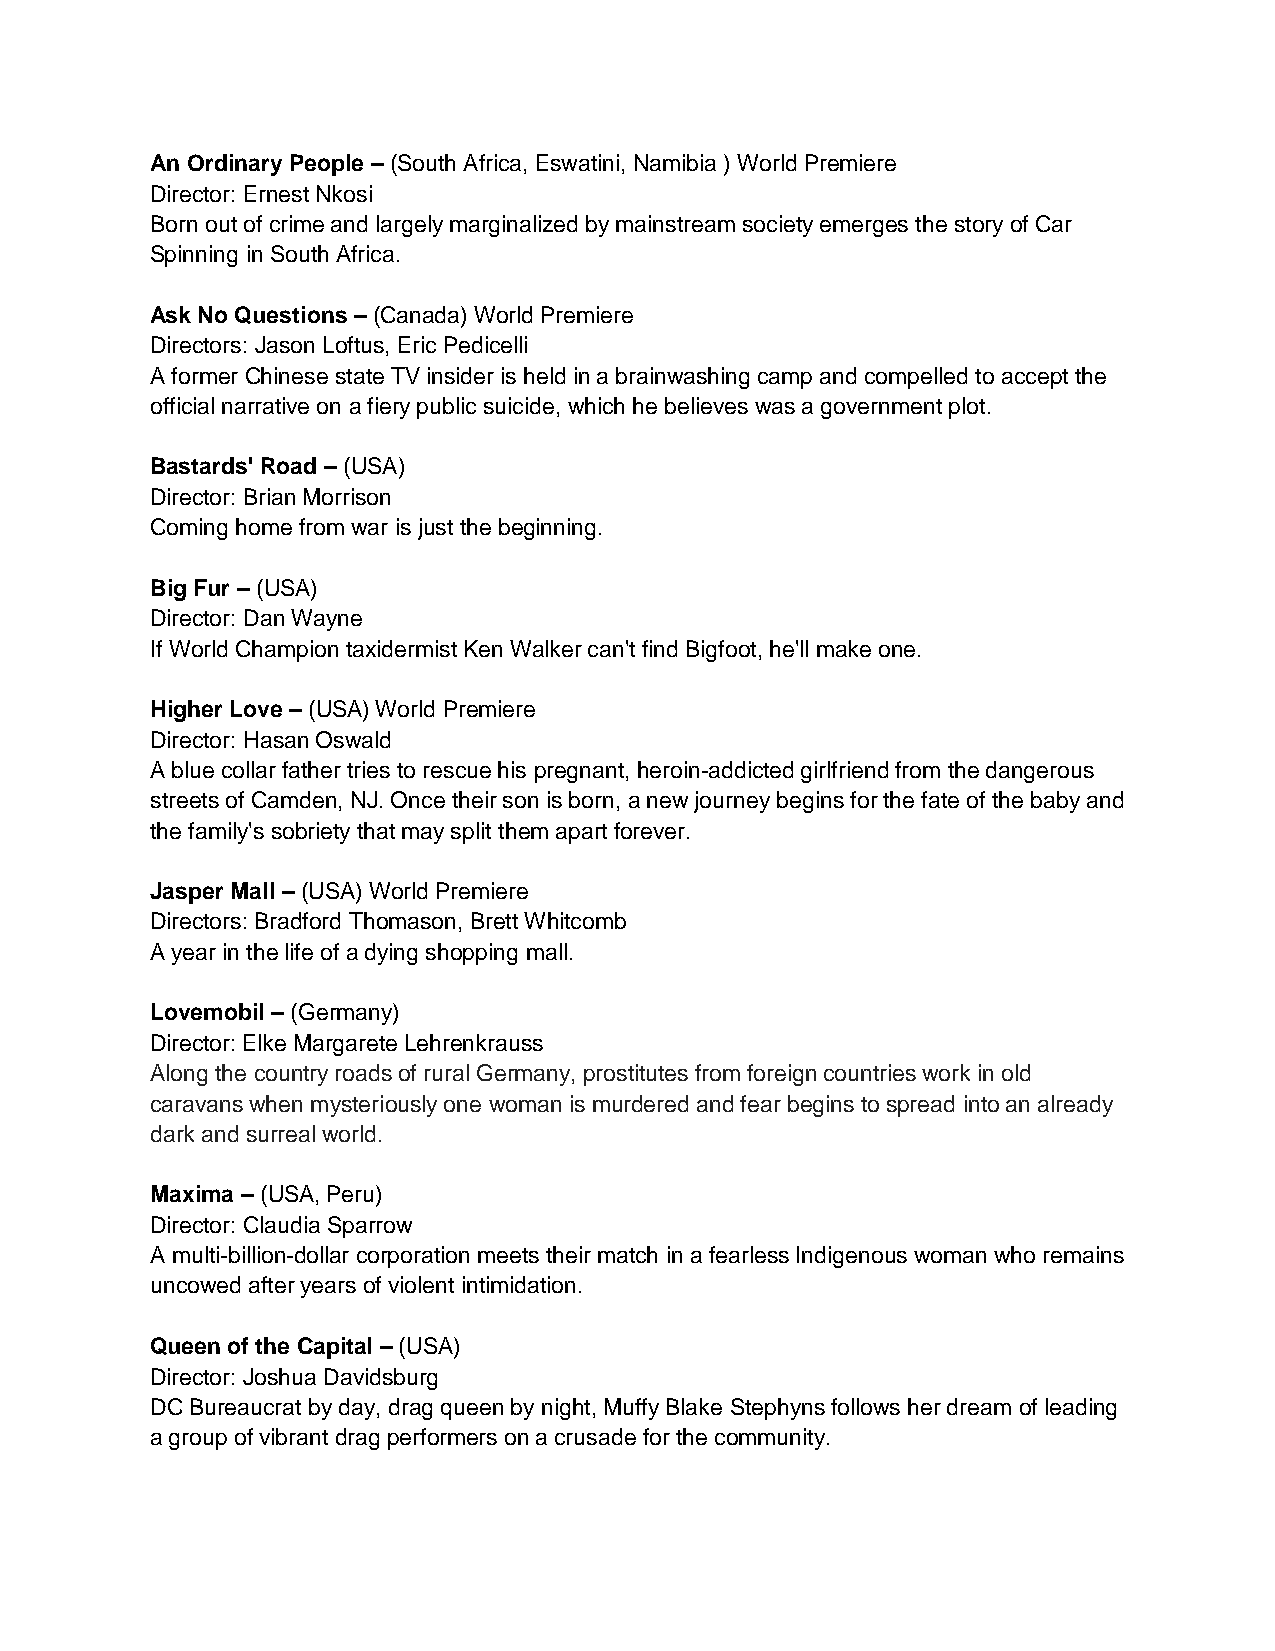
An Ordinary People – (South Africa, Eswatini, Namibia ) World Premiere
 Director: Ernest Nkosi
 Born out of crime and largely marginalized by mainstream society emerges the story of Car
 Spinning in South Africa.
 Ask No Questions – (Canada) World Premiere
 Directors: Jason Loftus, Eric Pedicelli
 A former Chinese state TV insider is held in a brainwashing camp and compelled to accept the
 official narrative on a fiery public suicide, which he believes was a government plot.
 Bastards' Road – (USA)
 Director: Brian Morrison
 Coming home from war is just the beginning.
 Big Fur – (USA)
 Director: Dan Wayne
 If World Champion taxidermist Ken Walker can't find Bigfoot, he'll make one.
 Higher Love – (USA) World Premiere
 Director: Hasan Oswald
 A blue collar father tries to rescue his pregnant, heroin-addicted girlfriend from the dangerous
 streets of Camden, NJ. Once their son is born, a new journey begins for the fate of the baby and
 the family's sobriety that may split them apart forever.
 Jasper Mall – (USA) World Premiere
 Directors: Bradford Thomason, Brett Whitcomb
 A year in the life of a dying shopping mall.
 Lovemobil – (Germany)
 Director: Elke Margarete Lehrenkrauss
 Along the country roads of rural Germany, prostitutes from foreign countries work in old
 caravans when mysteriously one woman is murdered and fear begins to spread into an already
 dark and surreal world.
 Maxima – (USA, Peru)
 Director: Claudia Sparrow
 A multi-billion-dollar corporation meets their match in a fearless Indigenous woman who remains
 uncowed after years of violent intimidation.
 Queen of the Capital – (USA)
 Director: Joshua Davidsburg
 DC Bureaucrat by day, drag queen by night, Muffy Blake Stephyns follows her dream of leading
 a group of vibrant drag performers on a crusade for the community.